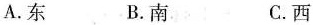
A.东 B.南 C.西